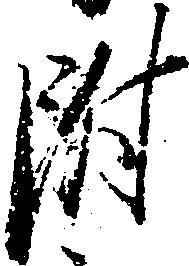
附